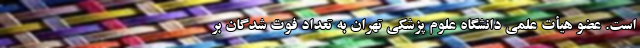
است. عضو هیأت علمی دانشگاه علوم پزشکی تهران به تعداد فوت شدگان بر